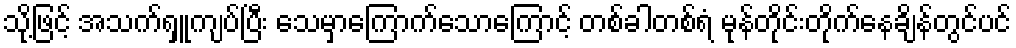
သို့ဖြင့် အသက်ရှူကျပ်ပြီး သေမှာကြောက်သောကြောင့် တစ်ခါတစ်ရံ မုန်တိုင်းတိုက်နေချိန်တွင်ပင်